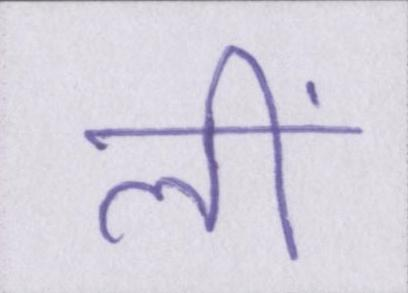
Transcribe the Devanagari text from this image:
लीं